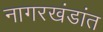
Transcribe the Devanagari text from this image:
नागरखंडांत